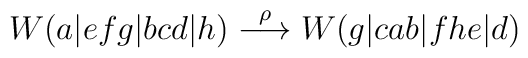
W(a|efg|bcd|h)\stackrel{\rho}{\longrightarrow} W(g|cab|fhe|d)